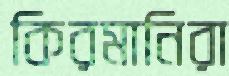
কিরমানিরা